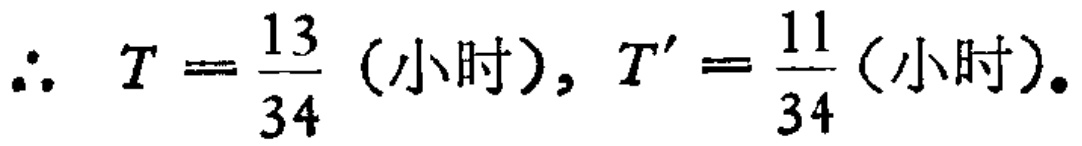
\(\therefore\ T=\frac{13}{34} \text{ (小时)}, T'=\frac{11}{34} \text{ (小时)}。\)